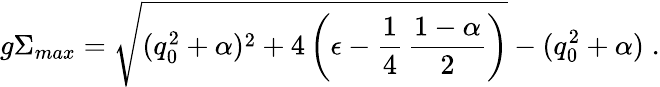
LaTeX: g\Sigma_{max}=\sqrt{(q_{0}^{2}+\alpha)^{2}+4\left(\epsilon-\frac 14\, \frac{1-\alpha}{2}\right)}-(q_{0}^{2}+\alpha)\; .